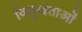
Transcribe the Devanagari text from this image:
विमुखताओं